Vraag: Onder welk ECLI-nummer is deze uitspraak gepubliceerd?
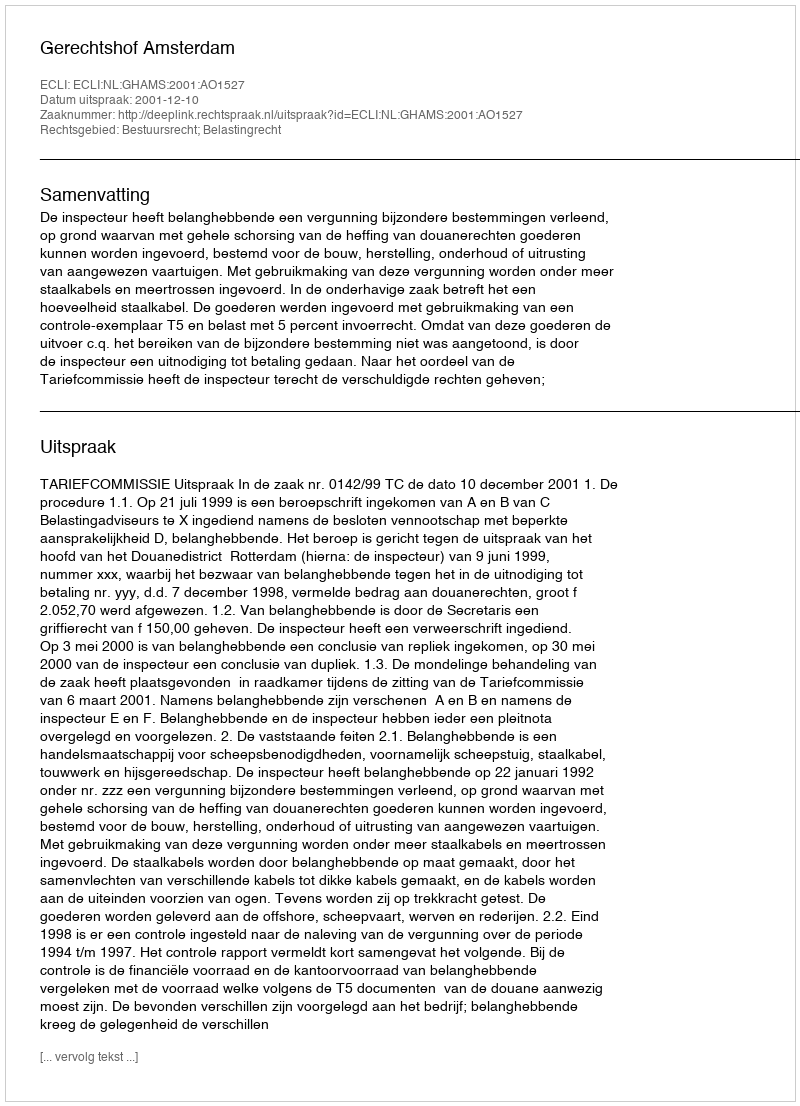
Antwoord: ECLI:NL:GHAMS:2001:AO1527